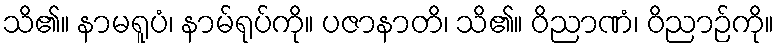
သိ၏။ နာမရူပံ၊ နာမ်ရုပ်ကို။ ပဇာနာတိ၊ သိ၏။ ဝိညာဏံ၊ ဝိညာဉ်ကို။